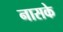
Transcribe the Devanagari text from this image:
नासके